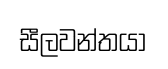
සීලවන්තයා